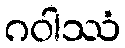
ဂဝါဿံ